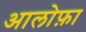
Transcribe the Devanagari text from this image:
आलोफ़ा